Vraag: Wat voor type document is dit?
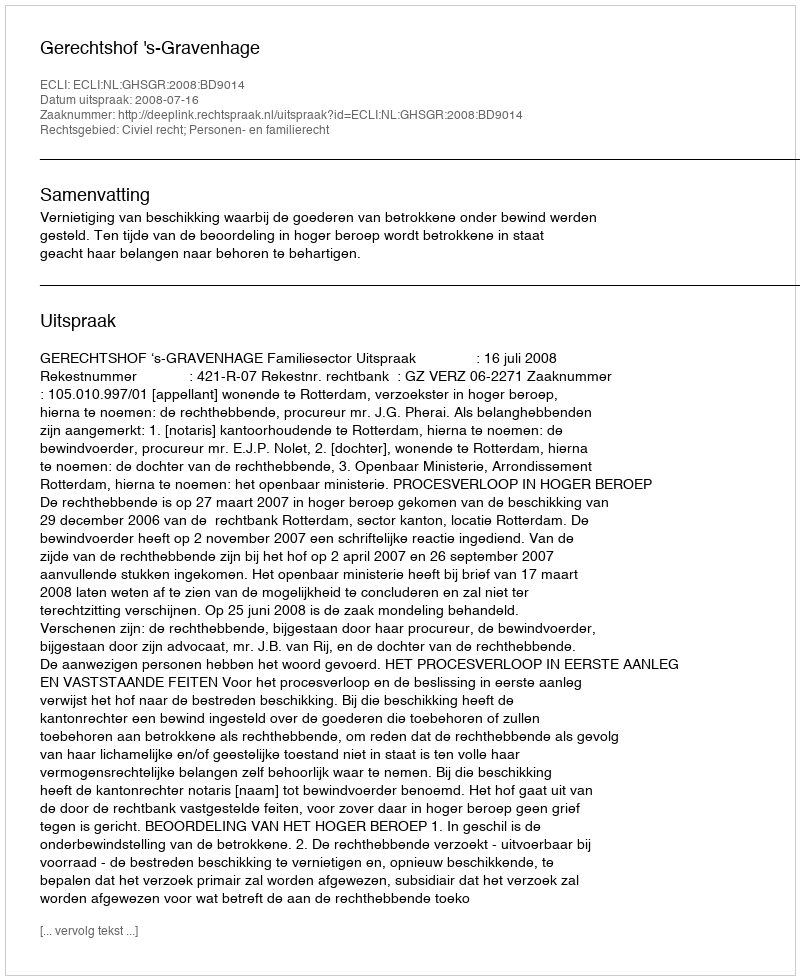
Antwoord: Uitspraak